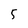
Character: 5